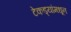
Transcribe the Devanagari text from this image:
टेकड्यांमधून